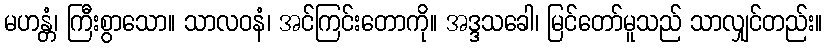
မဟန္တံ၊ ကြီးစွာသော။ သာလဝနံ၊ အင်ကြင်းတောကို။ အဒ္ဒသခေါ၊ မြင်တော်မူသည် သာလျှင်တည်း။